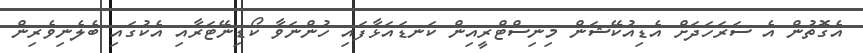
އެގޮތުން އެ ސަރަހަދަށް އެޑިއުކޭޝަން މިނިސްޓްރީއިން ކަނޑައަޅާފައި ހުންނަވާ ކޯޑިނޭޓަރާއި އެކުގައި ބެލެނިވެރިން